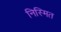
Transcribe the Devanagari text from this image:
निस्मित